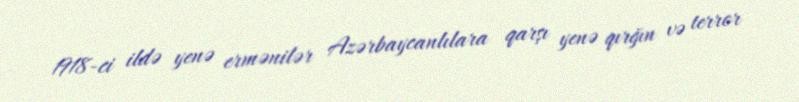
1918-ci ildə yenə ermənilər Azərbaycanlılara qarşı yenə qırğın və terror